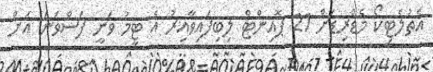
އެތުލެޓިކޯ މެޑްރިޑަށް 21 ޕޮއިންޓް ލިބިފައިވާއިރު އެ ޓީމު ވަނީ ފަސްވަނަ އަށް